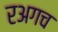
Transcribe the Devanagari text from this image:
रअगच